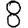
Digit: 8